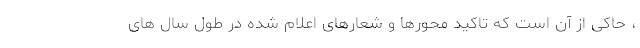
، حاکی از آن است که تاکید محورها و شعارهای اعلام شده در طول سال های